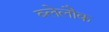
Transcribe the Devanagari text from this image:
ब्लेलौक